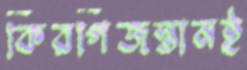
কিরগিজস্তানই